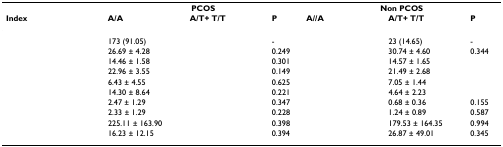
<table><thead><tr><td>[EMPTY_CELL]</td><td colspan="3"><b>PCOS</b></td><td colspan="3"><b>Non PCOS</b></td></tr><tr><td><b>Index</b></td><td><b>A/A</b></td><td><b>A/T+ T/T</b></td><td><b>P</b></td><td><b>A//A</b></td><td><b>A/T+ T/T</b></td><td><b>P</b></td></tr></thead><tbody><tr><td>[EMPTY_CELL]</td><td>173 (91.05)</td><td>[EMPTY_CELL]</td><td>-</td><td>[EMPTY_CELL]</td><td>23 (14.65)</td><td>-</td></tr><tr><td>[EMPTY_CELL]</td><td>26.69 ± 4.28</td><td>[EMPTY_CELL]</td><td>0.249</td><td>[EMPTY_CELL]</td><td>30.74 ± 4.60</td><td>0.344</td></tr><tr><td>[EMPTY_CELL]</td><td>14.46 ± 1.58</td><td>[EMPTY_CELL]</td><td>0.301</td><td>[EMPTY_CELL]</td><td>14.57 ± 1.65</td><td>[EMPTY_CELL]</td></tr><tr><td>[EMPTY_CELL]</td><td>22.96 ± 3.55</td><td>[EMPTY_CELL]</td><td>0.149</td><td>[EMPTY_CELL]</td><td>21.49 ± 2.68</td><td>[EMPTY_CELL]</td></tr><tr><td>[EMPTY_CELL]</td><td>6.43 ± 4.55</td><td>[EMPTY_CELL]</td><td>0.625</td><td>[EMPTY_CELL]</td><td>7.05 ± 1.44</td><td>[EMPTY_CELL]</td></tr><tr><td>[EMPTY_CELL]</td><td>14.30 ± 8.64</td><td>[EMPTY_CELL]</td><td>0.221</td><td>[EMPTY_CELL]</td><td>4.64 ± 2.23</td><td>[EMPTY_CELL]</td></tr><tr><td>[EMPTY_CELL]</td><td>2.47 ± 1.29</td><td>[EMPTY_CELL]</td><td>0.347</td><td>[EMPTY_CELL]</td><td>0.68 ± 0.36</td><td>0.155</td></tr><tr><td>[EMPTY_CELL]</td><td>2.33 ± 1.29</td><td>[EMPTY_CELL]</td><td>0.228</td><td>[EMPTY_CELL]</td><td>1.24 ± 0.89</td><td>0.587</td></tr><tr><td>[EMPTY_CELL]</td><td>225.11 ± 163.90</td><td>[EMPTY_CELL]</td><td>0.398</td><td>[EMPTY_CELL]</td><td>179.53 ± 164.35</td><td>0.994</td></tr><tr><td>[EMPTY_CELL]</td><td>16.23 ± 12.15</td><td>[EMPTY_CELL]</td><td>0.394</td><td>[EMPTY_CELL]</td><td>26.87 ± 49.01</td><td>0.345</td></tr></tbody></table>